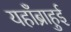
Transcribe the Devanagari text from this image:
यहाँब्राहुई